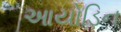
આયોડિન